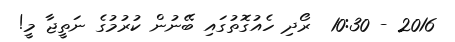
2016 - 10:30  ރޯދި ހެއުގޮތުގައި ބޭނުން ކުރުމުގެ ނަތީޖާ މީ!